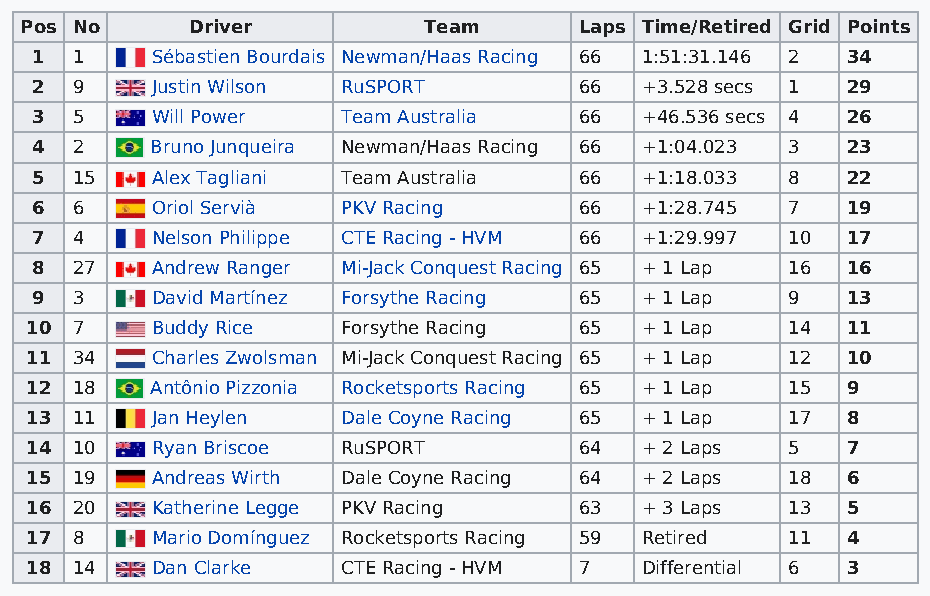
Pos No      Driver         Team      Laps Time/Retired Grid Points
 1  1    Sébastien Bourdais Newman/Haas Racing 66 1:51:31.146 2 34
 2  9    Justin Wilson RuSPORT       66  +3.528 secs 1 29
 3  5    Will Power   Team Australia 66  +46.536 secs 4 26
 4  2    Bruno Junqueira Newman/Haas Racing 66 +1:04.023 3 23
 5  15   Alex Tagliani Team Australia 66 +1:18.033 8   22
 6  6    Oriol Servià PKV Racing     66  +1:28.745 7   19
 7  4    Nelson Philippe CTE Racing - HVM 66 +1:29.997 10 17
 8  27   Andrew Ranger Mi-Jack Conquest Racing 65 + 1 Lap 16 16
 9  3    David Martínez Forsythe Racing 65 + 1 Lap 9   13
 10 7    Buddy Rice   Forsythe Racing 65 + 1 Lap   14  11
 11 34   Charles Zwolsman Mi-Jack Conquest Racing 65 + 1 Lap 12 10
 12 18   Antônio Pizzonia Rocketsports Racing 65 + 1 Lap 15 9
 13 11   Jan Heylen   Dale Coyne Racing 65 + 1 Lap 17  8
 14 10   Ryan Briscoe RuSPORT        64  + 2 Laps  5   7
 15 19   Andreas Wirth Dale Coyne Racing 64 + 2 Laps 18 6
 16 20   Katherine Legge PKV Racing  63  + 3 Laps  13  5
 17 8    Mario Domínguez Rocketsports Racing 59 Retired 11 4
 18 14   Dan Clarke   CTE Racing - HVM 7 Differential 6 3